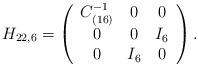
LaTeX: \begin{align*}H_{22,6} = \left( \begin{array}{ccc}C^{-1}_{(16)}&0&0\\0&0&I_{6}\\0&I_{6}&0\\\end{array}\right).\end{align*}